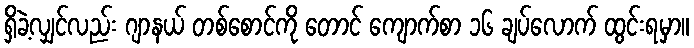
ရှိခဲ့လျှင်လည်း ဂျာနယ် တစ်စောင်ကို တောင် ကျောက်စာ ၁၆ ချပ်လောက် ထွင်းရမှာ။